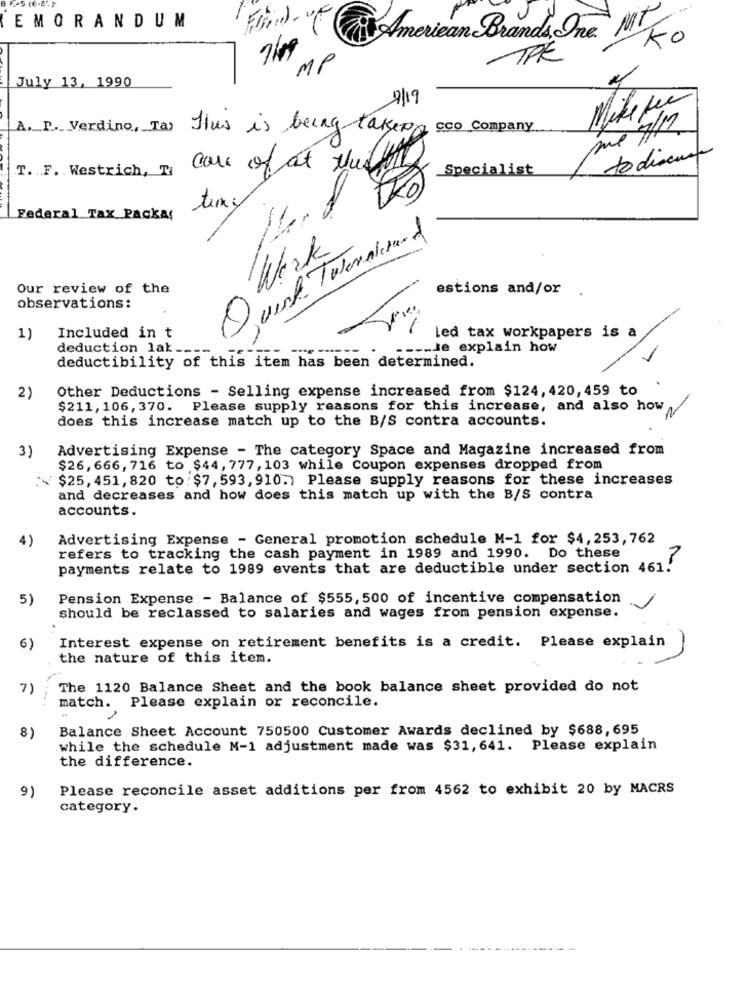
EMORANDUM
Flintd- VE
American Brands Inc.
Fo
TRE
MP
July 13, 1990
7/19
me 7/2
A. P. Verdino, Ta) Thus is being taken cco company
1 10 disease
T. F. Westrich, I care of at theffi
Specialist
tema
Federal Tax Packas
Werk
Our review of the
estions and/or .
observations:
1)
Included in t
Led tax workpapers is a
deduction lak ..
---- Je explain how
deductibility of this item has been determined.
Other Deductions - Selling expense increased from $124, 420, 459 to
2)
$211, 106, 370. Please supply reasons for this increase, and also how
does this increase match up to the B/S contra accounts.
3)
Advertising Expense - The category Space and Magazine increased from
$26, 666, 716 to $44, 777, 103 while Coupon expenses dropped from
:$25, 451, 820 to : $7, 593, 910. Please supply reasons for these increases
and decreases and how does this match up with the B/S contra
accounts.
4)
Advertising Expense - General promotion schedule M-1 for $4, 253, 762
refers to tracking the cash payment in 1989 and 1990. Do these
payments relate to 1989 events that are deductible under section 461.
5)
Pension Expense - Balance of $555, 500 of incentive compensation
should be reclassed to salaries and wages from pension expense.
6)
Interest expense on retirement benefits is a credit. Please explain
the nature of this item.
7)
The 1120 Balance Sheet and the book balance sheet provided do not
match. Please explain or reconcile.
Balance Sheet Account 750500 Customer Awards declined by $688,695
8)
while the schedule M-1 adjustment made was $31, 641. Please explain
the difference.
Please reconcile asset additions per from 4562 to exhibit 20 by MACRS
9)
category.